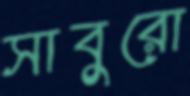
সাবুরো